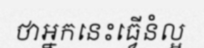
ថាអ្នកនេះធ្វើនំល្អ